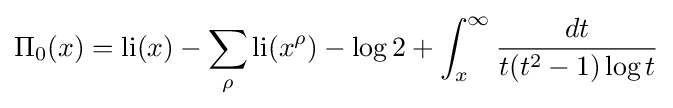
\Pi _{0}(x)=\operatorname {li} (x)-\sum _{\rho }\operatorname {li} (x^{\rho })-\log 2+\int _{x}^{\infty }{\frac {dt}{t(t^{2}-1)\log t}}